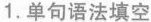
1.单句语法填空